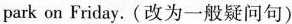
park on Friday. (改为一般疑问句)